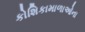
કોશિકામાળાઓના